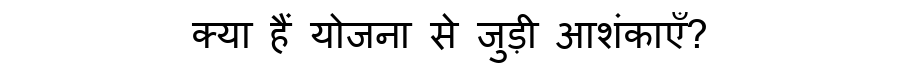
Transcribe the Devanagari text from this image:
क्या हैं योजना से जुड़ी आशंकाएँ?